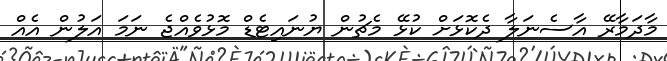
މާދަމާރޭ އާސެނަލާ ދެކޮޅަށް ކުޅޭ މެޗުން ޔުނައިޓެޑް މޮޅުވެއްޖެ ނަމަ އަލުން އެއް